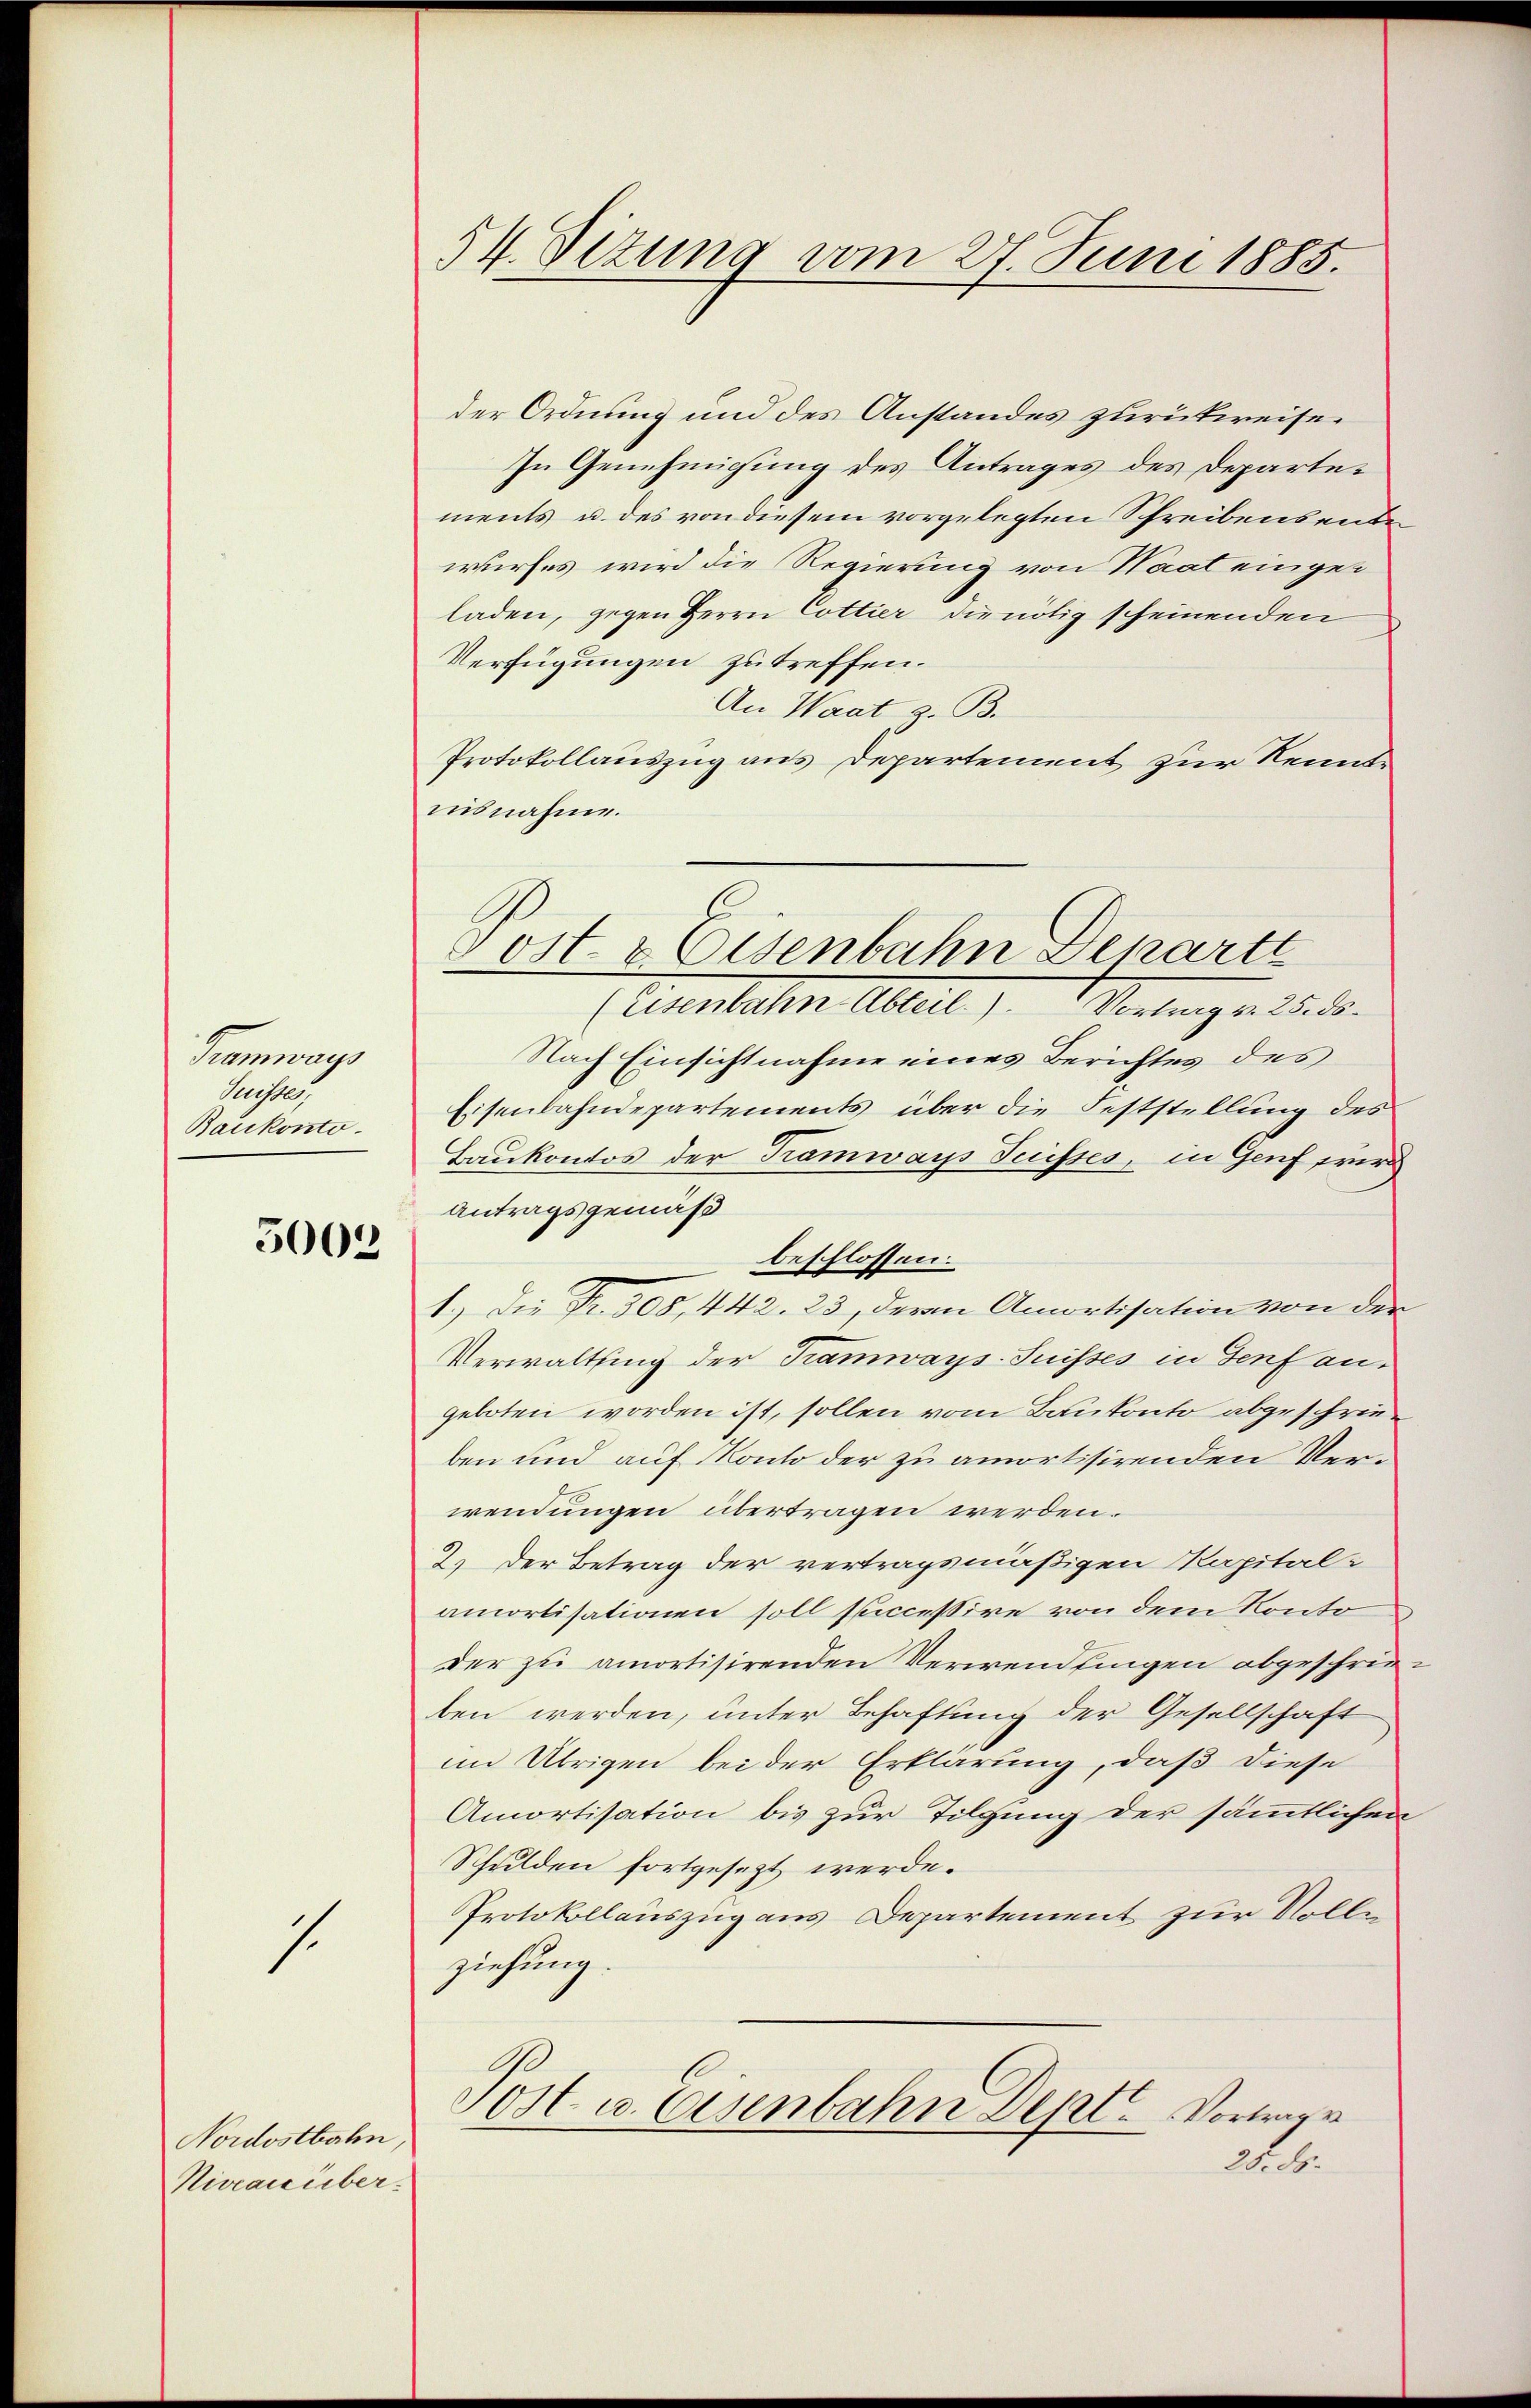
Tramways
Geister
Bankonto.

5002

1.

Nordostbahn
Niveau über.

54. Situng vom 27. Juni 1885.

der Ordnung und des Anstandes zurückweise¬
In Genehmigung des Antrages des Departements u. des von diesem vorgelegten Schreibensentwurfes wird die Regierung von Haat eingeladen, gegen Herrn Cottier die nötig scheinenden
Verfügungen zu treffen.
An Waat, z. B.
Protokollauszug aus Departement zur Kenntuisnahme.
(Eisenbahn-Abteil.). Vortrag v. 25. ds.
Nach Einsichtnahme eines Berichtes des
Eisenbahndepartements über die Feststellung des
Baukontos der Tramways Suisses, in Genf wird
Antragsgemäß
beschlossen.
1.) Die Fr. 308, 442. 23, deren Amortisation von der
Verwaltung der Tramways-Suisses in Genf angeboten worden ist, sollen vom Baukonto abgeschrieben und auf Konto der zu amortisirenden Verwendungen übertragen werden.
2.) Der Betrag der vertragsmäßigen Kapital-
amortisationen soll successive von dem Kontoder zu amortisirenden Verwendfingen abgeschrie
ben werden, unter Behaftung der Gesellschaft
im Übrigen bei der Erklärung, daß diese
Amortisation bis zur Tilgung der sämmtlichen
Schulden fortgesezt werde.
Protokollauszug aus Departement zur Volle
ziehung.
Post u. Eisenbahn Dept. Vortrage
No. 2.

Post- & Eisenbahn Departe